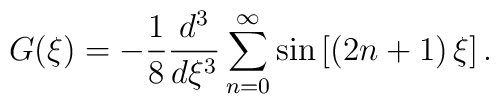
G(\xi )=-\frac{1}{8}\frac{d^{3}}{d\xi ^{3}}\sum_{n=0}^{\infty }\sin \left[\left( 2n+1\right) \xi \right] .